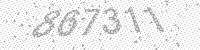
Solution: 867311